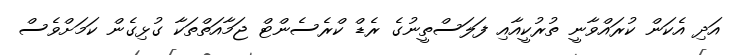
އަދި އެކަން ކުރައްވާނީ ތުރުކީއާއި ފަލަސްތީނުގެ ރެޑް ކްރެސެންޓް ޖަމާއަތްތަކާ ގުޅިގެން ކަމަށްވެސް